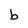
Character: b